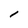
Character: l